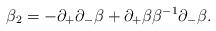
LaTeX: \begin{align*}\beta_2 = - \partial_+ \partial_- \beta + \partial_+ \beta \beta^{-1}\partial_- \beta.\end{align*}